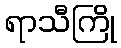
ရာသီကြို